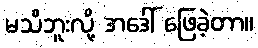
မသိဘူးလို့ အဒေါ် ဖြေခဲ့တာ။